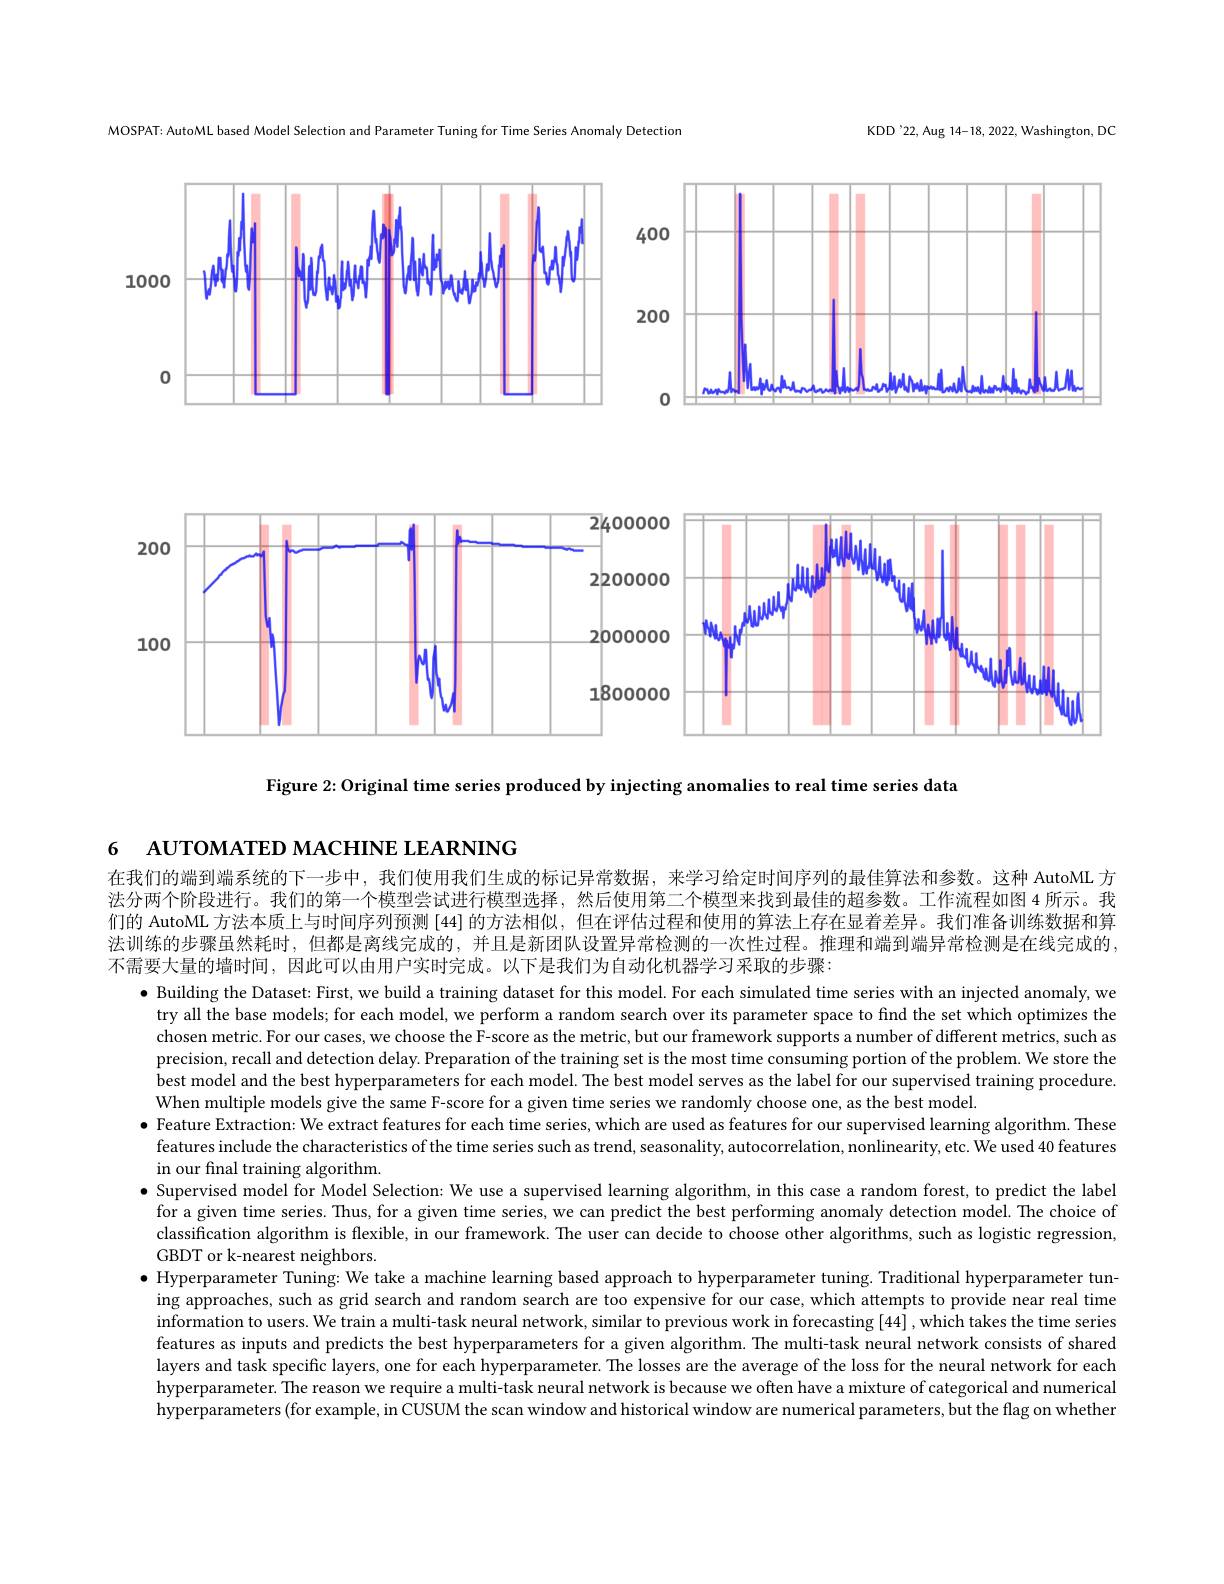
KDD'22, Aug 14-18, 2022, Washington, DC

MOSPAT: AutoML based Model Selection and Parameter Tuning for Time Series Anomaly Detection

<FigureHere>

<FigureHere>

Figure 2: Original time series produced by injecting anomalies to real time series data

在我们的端到端系统的下一步中，我们使用我们生成的标记异常数据，来学习给定时间序列的最佳算法和参数。这种 AutoML 方法分两个阶段进行。我们的第一个模型尝试进行模型选择，然后使用第二个模型来找到最佳的超参数。工作流程如图 4 所示。我们的 AutoML 方法本质上与时间序列预测 [44] 的方法相似，但在评估过程和使用的算法上存在显着差异。我们准备训练数据和算法训练的步骤虽然耗时，但都是离线完成的，并且是新团队设置异常检测的一次性过程。推理和端到端异常检测是在线完成的， 不需要大量的墙时间，因此可以由用户实时完成。以下是我们为自动化机器学习采取的步骤：

6 AUTOMATED MACHINE LEARNING
$\bullet$ Building the Dataset: First, we build a training dataset for this model. For each simulated time series with an injected anomaly, we
try all the base models; for each model, we perform a random search over its parameter space to find the set which optimizes the chosen metric. For our cases, we choose the F-score as the metric, but our framework supports a number of different metrics, such as precision, recall and detection delay. Preparation of the training set is the most time consuming portion of the problem. We store the $\dot{\text{best model and the best hyperparameters for each model.The best model serves as the label for our supervised training procedure.}}$ When multiple models give the same F-score for a given time series we randomly choose one, as the best model
· Feature Extraction: We extract features for each time series, which are used as features for our supervised learning algorithm. These features include the characteristics of the time series such as trend, seasonality, autocorrelation, nonlinearity, etc. We used 40 features in our final training algorithm.
$\bullet$ Supervised model for Model Selection: We use a supervised learning algorithm, in this case a random forest, to predict the label
for a given time series. Thus, for a given time series, we can predict the best performing anomaly detection model. The choice of classification algorithm is flexible, in our framework. The user can decide to choose other algorithms, such as logistic regression, GBDT or k-nearest neighbors.
$\bullet$ Hyperparameter Tuning: We take a machine learning based approach to hyperparameter tuning. Traditional hyperparameter tun-
ing approaches, such as grid search and random search are too expensive for our case, which attempts to provide near real time information to users. We train a multi-task neural network, similar to previous work in forecasting [44] , which takes the time series features as inputs and predicts the best hyperparameters for a given algorithm. The multi-task neural network consists of shared layers and task specific layers, one for each hyperparameter. The losses are the average of the loss for the neural network for each hyperparameter. The reason we require a multi-task neural network is because we often have a mixture of categorical and numerical hyperparameters (for example, in CUSUM the scan window and historical window are numerical parameters, but the flag on whether